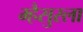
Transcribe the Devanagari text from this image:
म्हैसुरला